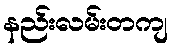
နည်းလမ်းတကျ